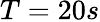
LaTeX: T=20s